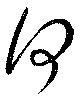
何